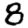
Digit: 8